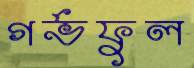
গর্ভফুল